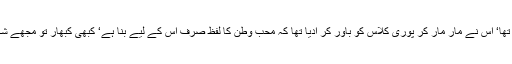
سینڈو کسی اور کے محب وطن کہلانے کو اپنے لیے گالی سمجھتا تھا‘ اس نے مار مار کر پوری کلاس کو باور کر ادیا تھا کہ محب وطن کا لفظ صرف اُس کے لیے بنا ہے‘ کبھی کبھار تو مجھے شک ہونے لگتا کہ ہوسکتا ہے سینڈو کا اصل نام ہی ’محب وطن ‘ ہو۔